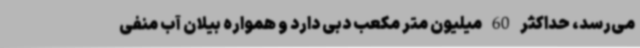
می‌رسد، حداکثر 60 میلیون متر مکعب دبی دارد و همواره بیلان آب منفی